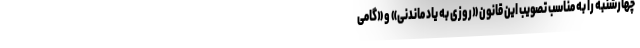
چهارشنبه را به مناسب تصویب این قانون «روزی به یاد ماندنی» و «گامی